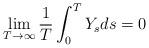
LaTeX: \begin{align*}\lim_{T \to \infty} \frac{1}{T} \int_0^T Y_s ds =0\end{align*}